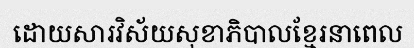
ដោយសារវិស័យសុខាភិបាលខ្មែរនាពេល